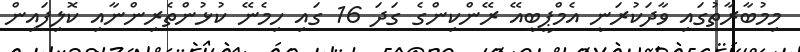
މިމުބާރާތުގައި ވާދަކުރަނީ އެމްޕީބީއޭ ރޭންކިންގެ ގަދަ 16 ގައި ހިމެނޭ ކުޅުންތެރިންނާއި ކޮލިފައިން